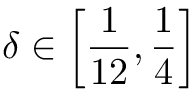
\delta \in \left[ \frac { 1 } { 1 2 } , \frac { 1 } { 4 } \right]